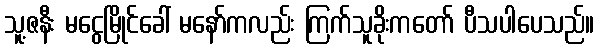
သူ့ဇနီး မငွေမြိုင်ခေါ် မနော်ကလည်း ကြက်သူခိုးကတော် ပီသပါပေသည်။